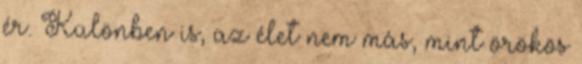
ér. Különben is, az élet nem más, mint örökös